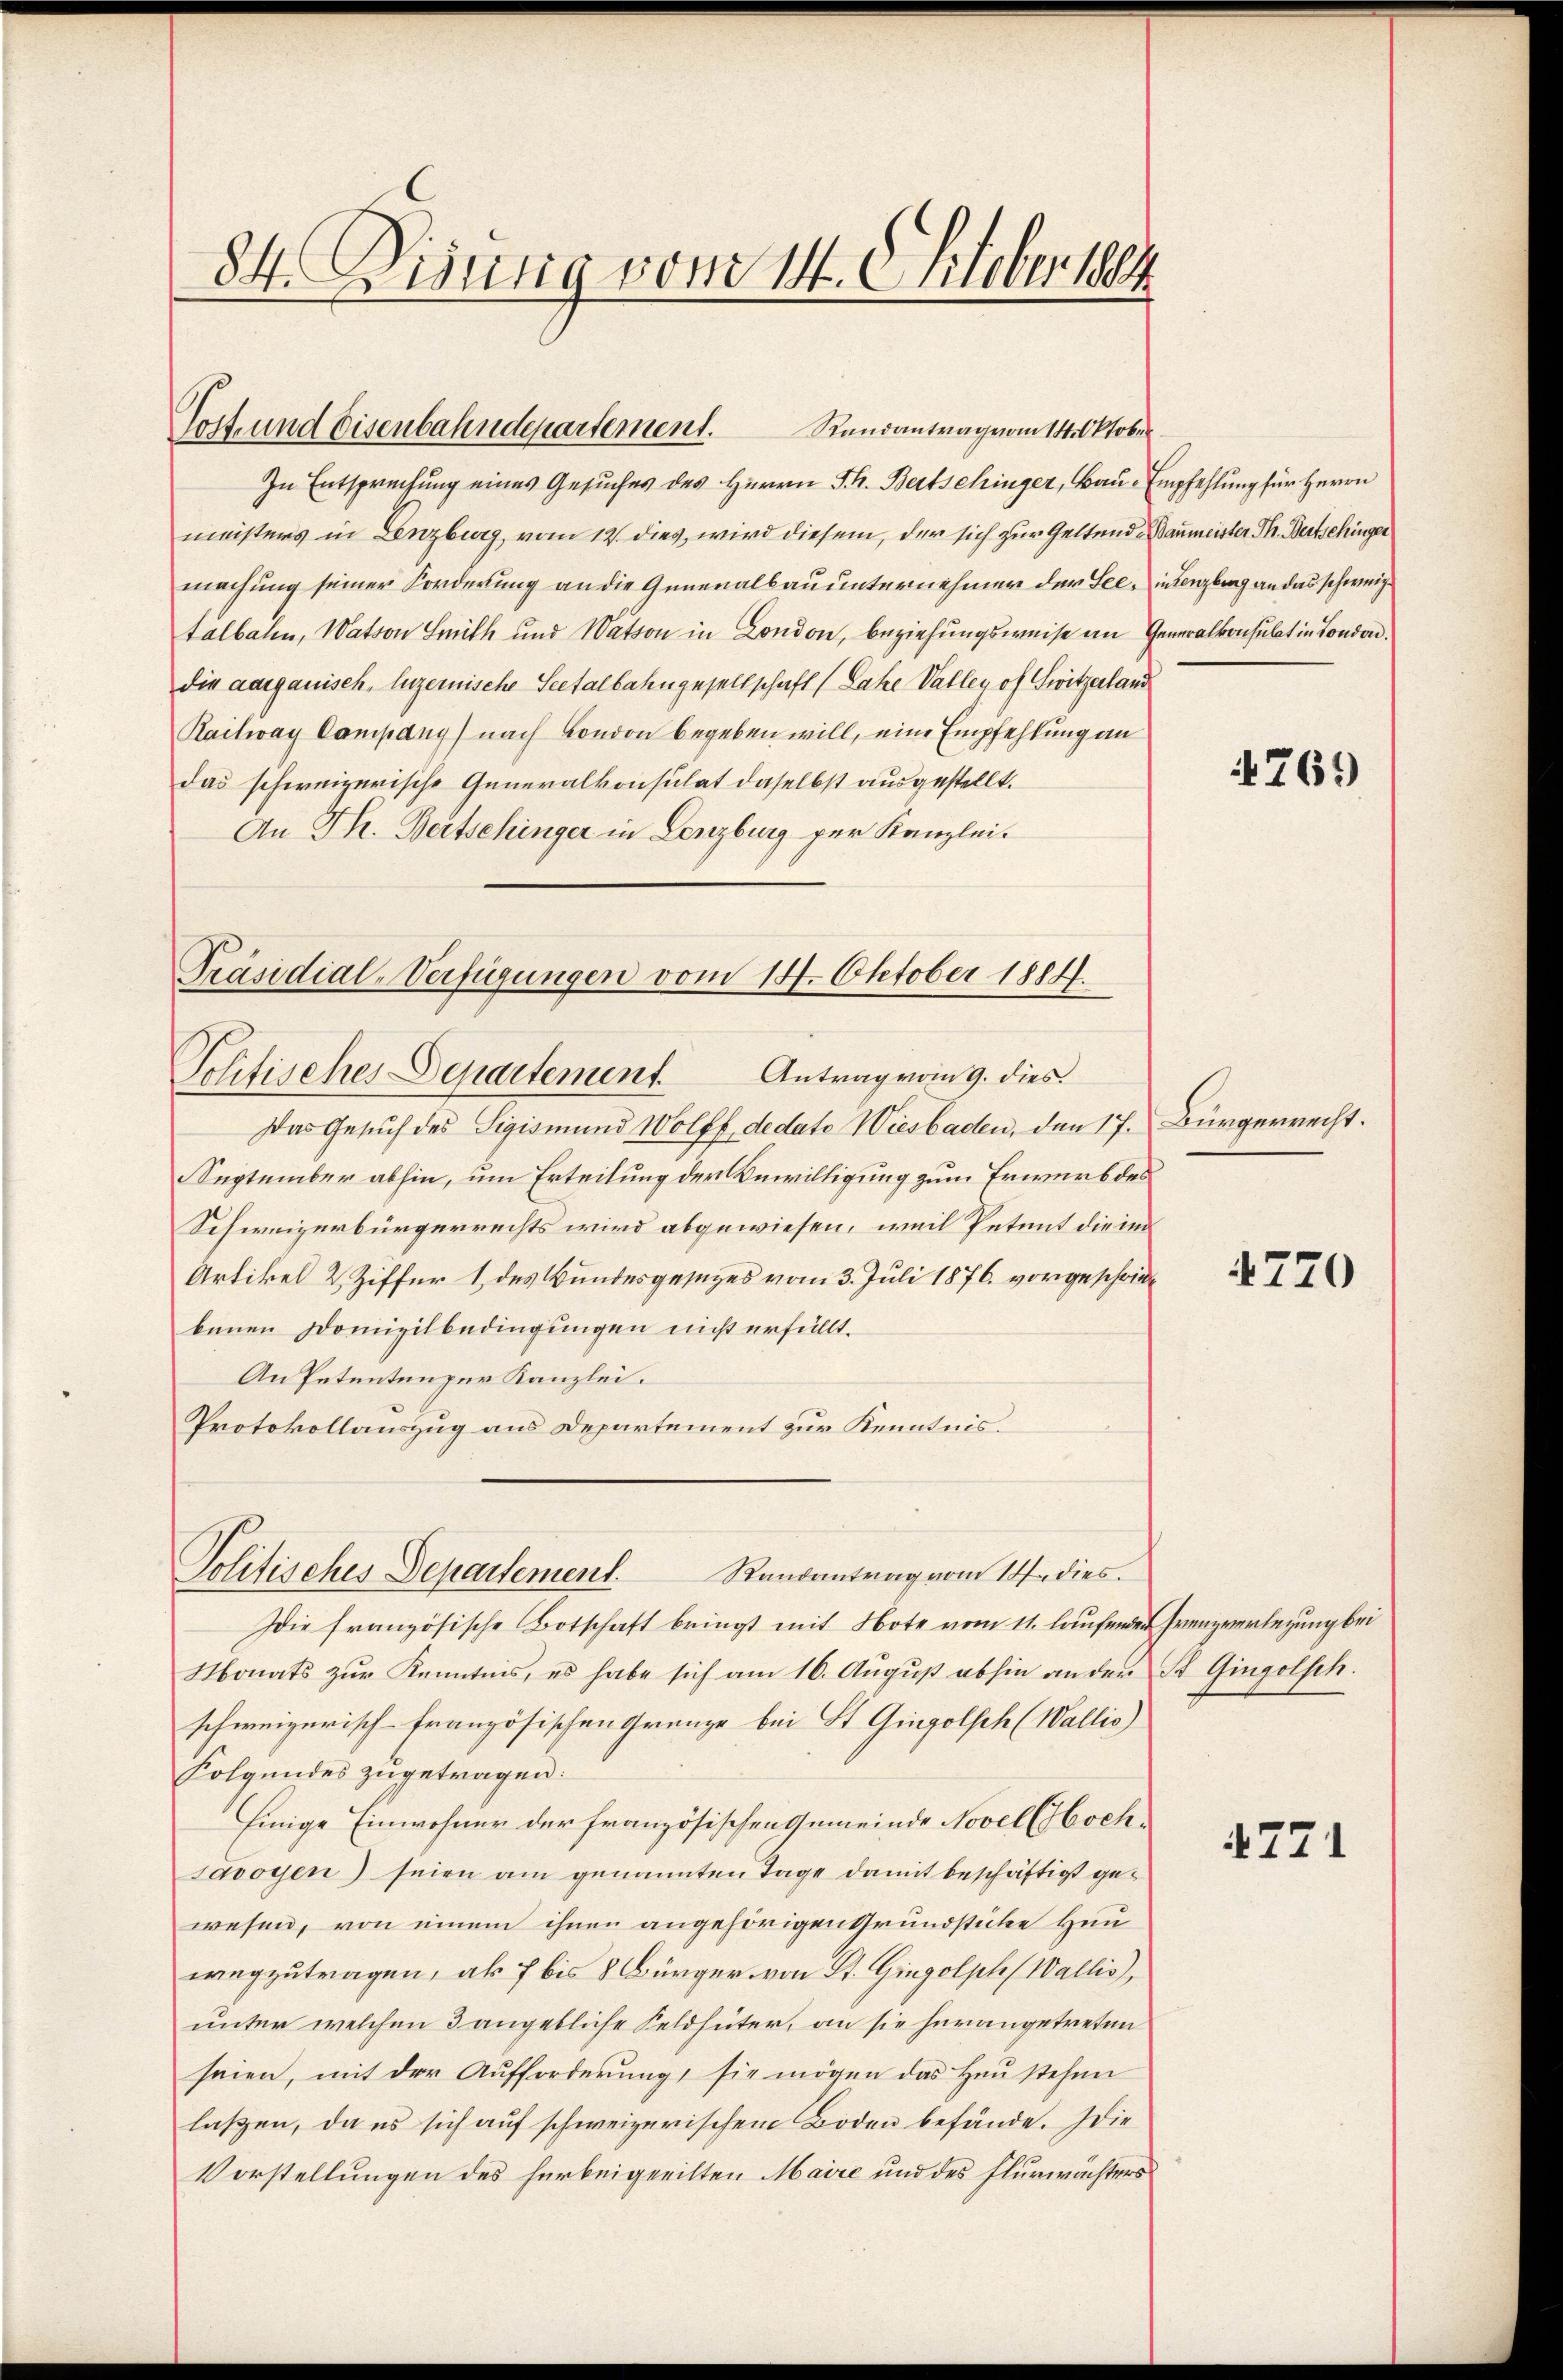
84. Dietig vom 14. Oktober 1884

Post- und Eisenbahndepartement. Randantrag vom 14. Oktober

meisters in Lenzburg, vom 12. dies, wird diesem, der sich zur Geltend Baumeister Th. Bertschinger
machung seiner Forderung an die Generalbauunternehmer der See, in Lenzburg an das schweize
talbalen, Watson Smith und Wation in London, beziehungsweise an Generalkonsulat in London.
die aargauisch, Luzernische Seetalbahngesellschaft (Lake Valley of Switzerland
Raitway Campany) nach London begeben will, eine Empfehlung an
das schweizerische Generalkonsulat daselbst ausgestellt.
An Th. Beitschinger in Lenzburg per Kanzlei.

Präsidial-Verfügungen vom 14. Oktober 1884.

Politisches Departement. Antrag vom 9. dies

Politisches Departement
Randantrag vom 14ten dies

In Entsprechung eines Gesuches des Herrn J. K. Bertschinger, Bau-Empfehlung für Herrn

Das Gesuch des Sigismund Wolff, dedato Wiesbaden, den 17. Bürgerrecht.
Suptmaber abhin, um Erteilung der Bewilligung zum Erwerb des
Schweizerbürgerrechts wird abgewiesen, weil Petent die in
Artikel 2. Ziffer 1 des Bundesgesezes vom 3. Juli 1876 vorgeschriebenen Domizilbedingungen nicht erfüllt.
An Petentenzer Kanzlei.
Protokollauszug aus Departement zur Kenntnis.

Iie französische Botschaft bringt mit Note vom 11. laufenden Grenzverlegung bei
Monats zur Kenntnis, es habe sich am 16. August abhin an der St. Gingelsch.
schweizerisch-französischen Grenze bei St. Gingolsch (Wallis)
Folgendes zugetragen:
Einige Einwohner der französischen Gemeinde Novel Hochsavoyen) seien am genannten Tage damit beschäftigt gewesen, von einem ihnen angehörigen Grundstücke Heuwegzutragen, als 7 bis 8 Bürger von St. Gingolph (Wallis,
unter welchen 3 angebliche Feldhüter, an sie herangetreten
seien, mit der Aufforderung sie mögen das Haustehen
laßen, da es sich auf schweizerischem Boden befände. Die
Vorstellungen des herbeigeeilten Maire und des Flurwächters

4769

4770

4771